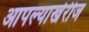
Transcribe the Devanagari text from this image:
आपल्याखेरीज